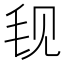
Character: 𬆾